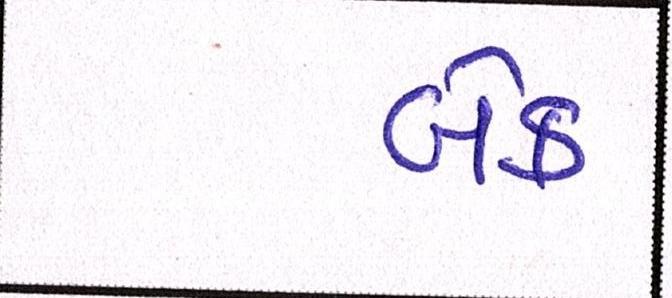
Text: બેક